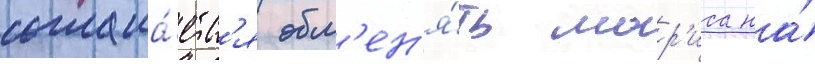
соглаша́етс'я обм'ен'я́ть мор'иса на́